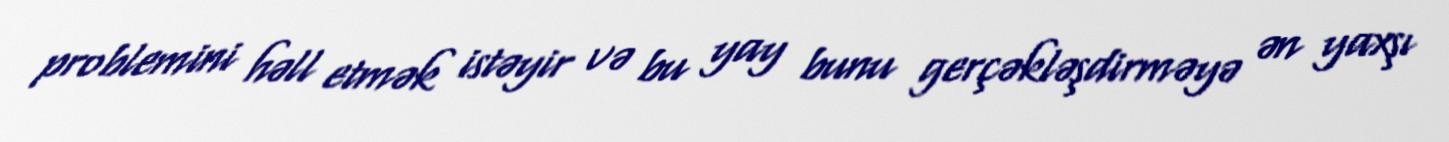
problemini həll etmək istəyir və bu yay bunu gerçəkləşdirməyə ən yaxşı